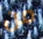
من